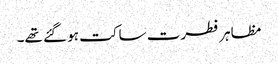
مظاہر فطرت ساکت ہو گئے تھے۔